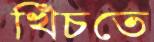
খিঁচতে